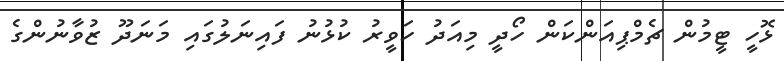
ޅޮހީ ޓީމުން ޗެމްޕިއަންކަން ހޯދީ މިއަދު ހަވީރު ކުޅުނު ފައިނަލުގައި މަނަދޫ ޒުވާނުންގެ